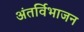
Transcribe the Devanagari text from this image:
अंतर्विभाजन